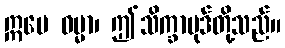
ဣမေ ဓမ္မာ၊ ဤသိက္ခာပုဒ်တို့သည်။